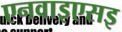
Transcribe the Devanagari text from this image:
एनवाइएसइ